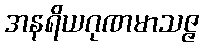
အနရိယဂုဏမာသဇ္ဇ